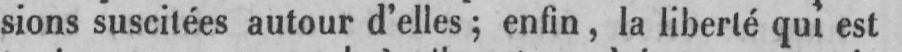
sions suscitées autour d’elles; enfin, la liberté qui est